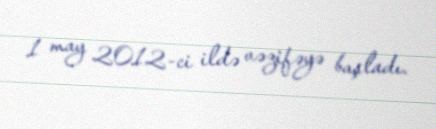
1 may 2012-ci ildə vəzifəyə başladı.